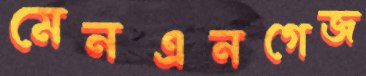
মেনএনগেজ